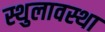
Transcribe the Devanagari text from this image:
स्थुलावस्था